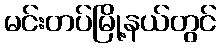
မင်းတပ်မြို့နယ်တွင်